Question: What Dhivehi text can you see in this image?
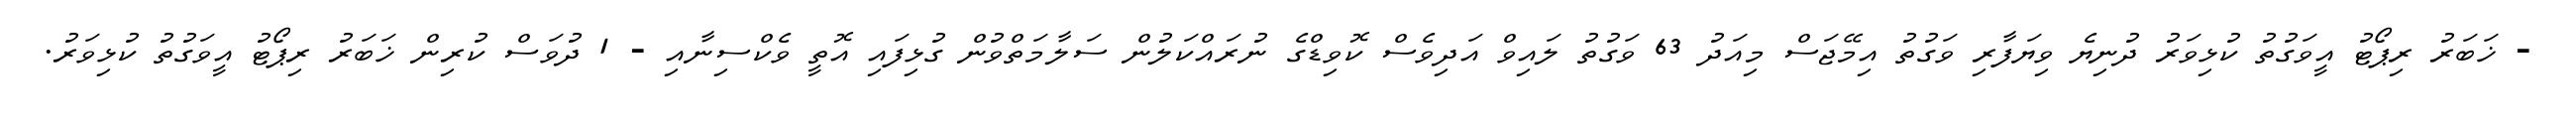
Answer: - ޚަބަރު ރިޕޯޓު އީވަގުތު ކުޅިވަރު ދުނިޔެ ވިޔަފާރި ވަގުތު އިމޭޖަސް މިއަދު 63 ވަގުތު ލައިވް އަދިވެސް ކޮވިޑްގެ ނުރައްކަލުން ސަލާމަތްވުން ގުޅިފައި އޮތީ ވެކްސިނާއި - 1 ދުވަސް ކުރިން ޚަބަރު ރިޕޯޓު އީވަގުތު ކުޅިވަރު.